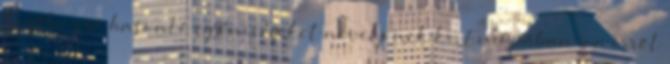
hogy hozzá hasonló egyéniségeket neveljenek ki, Európában ma erről